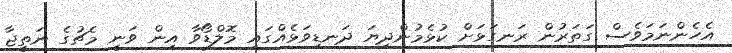
އެހެންނަމަވެސް ގަތަރުން ރަނގަޅަށް ކުޅެމުންދިޔަ ދަނޑިވަޅެއްގައި މޮލްޑޯވާ އިން ވަނީ މެޗުގެ ނަތީޖާ